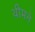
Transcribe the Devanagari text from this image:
थीमने